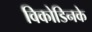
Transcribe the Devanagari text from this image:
विकोडिनके